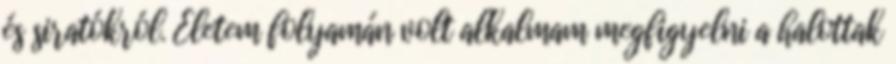
és siratókról. Életem folyamán volt alkalmam megfigyelni a halottak